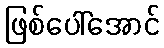
ဖြစ်ပေါ်အောင်